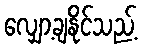
လျှော့ချနိုင်သည့်